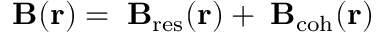
{ \bf \delta B } ( { \bf r } ) = { \bf \delta B } _ { \mathrm { r e s } } ( { \bf r } ) + { \bf \delta B } _ { \mathrm { c o h } } ( { \bf r } )